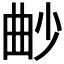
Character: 𣌱